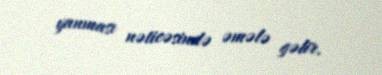
yanması nəticəsində əmələ gəlir.